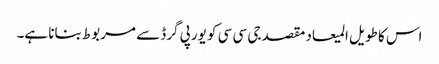
اس کا طویل المیعاد مقصد جی سی سی کو یورپی گرڈ سے مربوط بنانا ہے۔